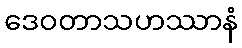
ဒေဝတာသဟဿာနံ